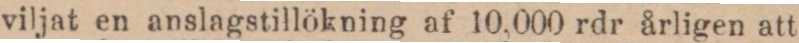
viljat en anslagstillökning af 10,000 rdr årligen att